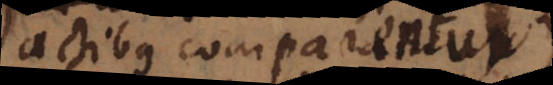
actibus comparentur)